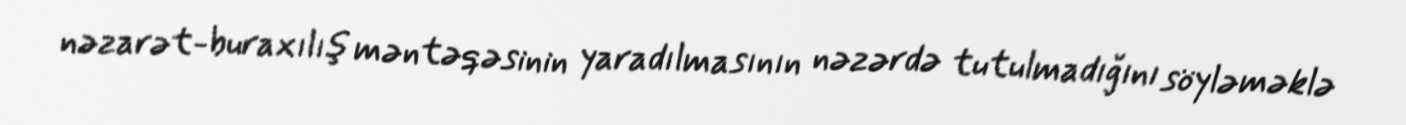
nəzarət-buraxılış məntəqəsinin yaradılmasının nəzərdə tutulmadığını söyləməklə